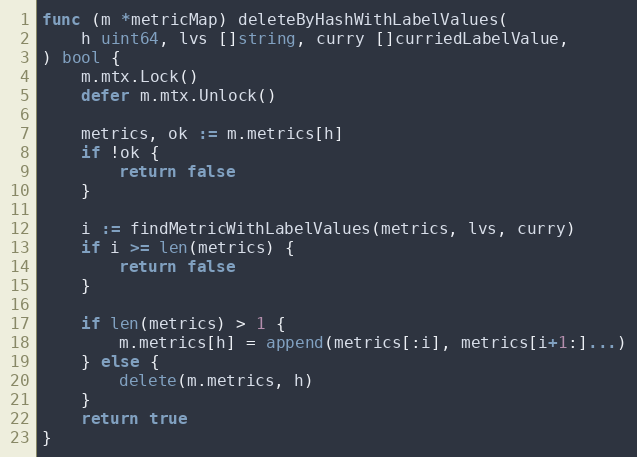
Language: Go
func (m *metricMap) deleteByHashWithLabelValues(
	h uint64, lvs []string, curry []curriedLabelValue,
) bool {
	m.mtx.Lock()
	defer m.mtx.Unlock()

	metrics, ok := m.metrics[h]
	if !ok {
		return false
	}

	i := findMetricWithLabelValues(metrics, lvs, curry)
	if i >= len(metrics) {
		return false
	}

	if len(metrics) > 1 {
		m.metrics[h] = append(metrics[:i], metrics[i+1:]...)
	} else {
		delete(m.metrics, h)
	}
	return true
}